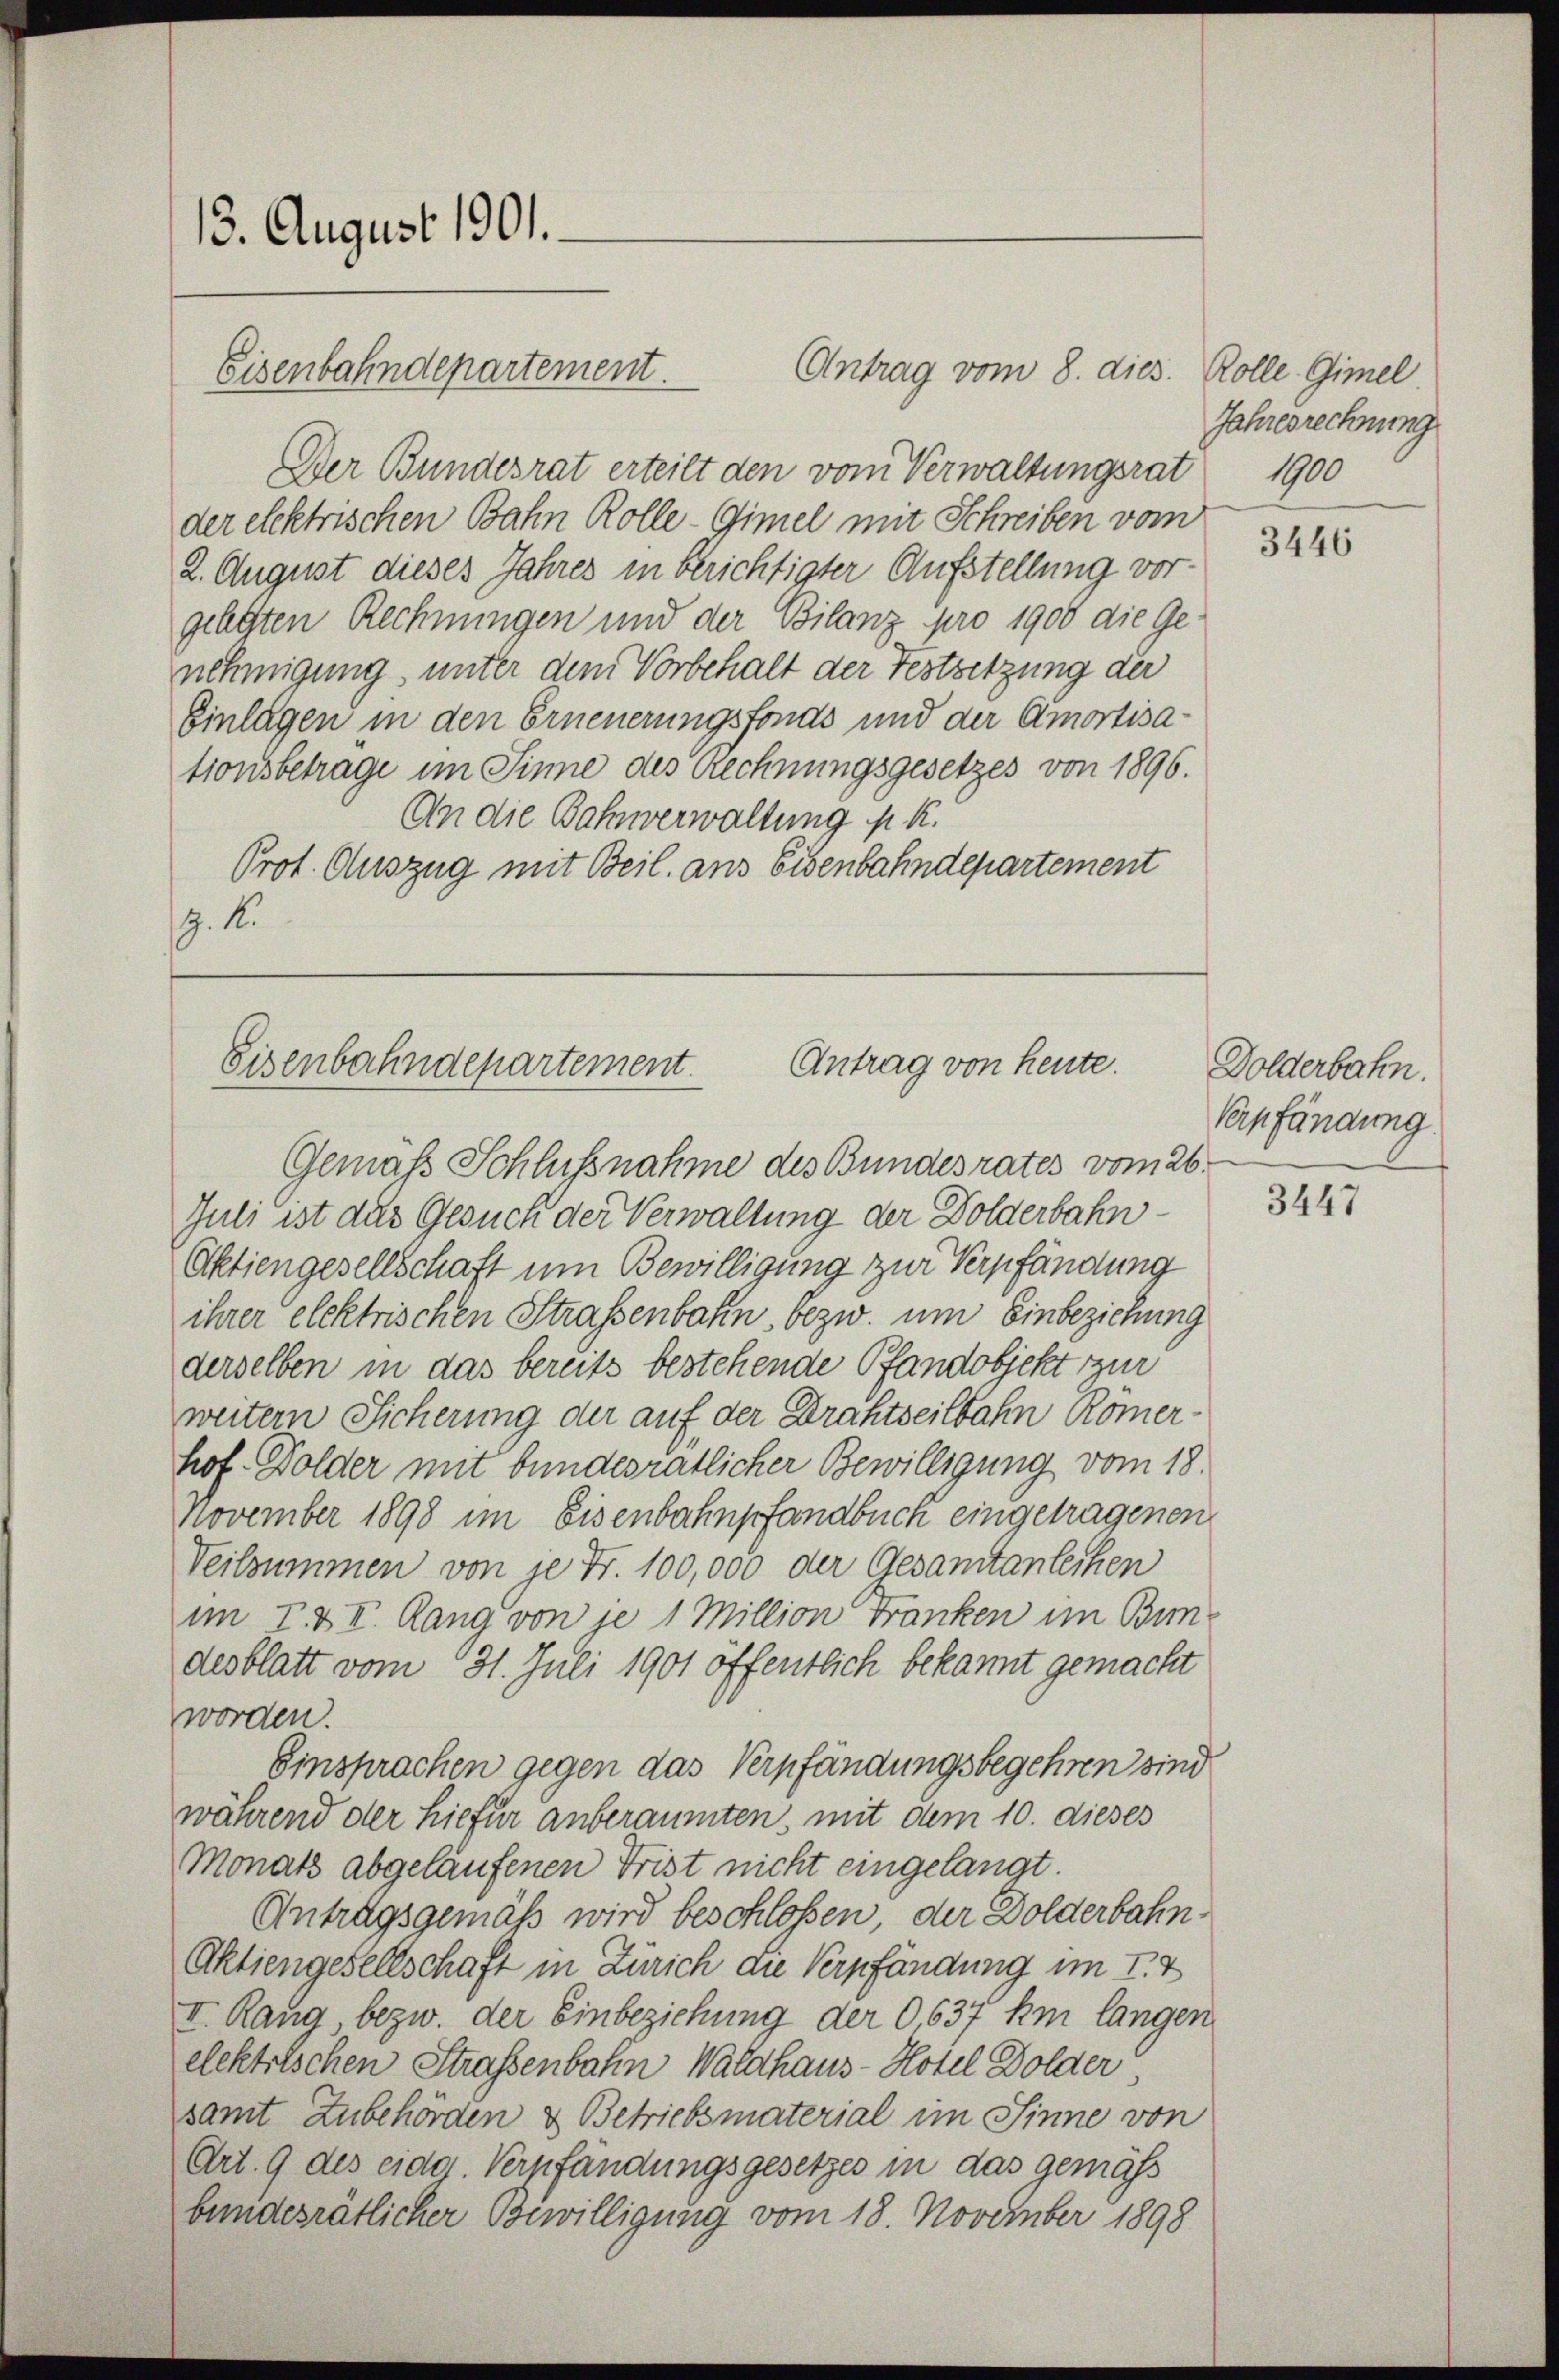
13. August 1901.

Der Bundesrat erteilt den vom Verwaltungsrat 1900
der elektrischen Bahn Rolle-Gimel mit Schreiben vom
2. August dieses Jahres in berichtigter Aufstellung vorgelegten Rechnungen und der Bilanz pro 1900 die Ge-
nehmigung, unter dem Vorbehalt der Festsetzung der
Einlagen in den Erneuerungsfonds und der Amortisationsbetrage im Sinne des Rechnungsgesetzes von 1896.
An die Bahnverwaltung . K.
Prot. Auszug mit Beil. aus Eisenbahndepartement
9. 1.

Eisenbahndepartement.

Antrag vom 8. dies. Rolle. Gimel

Antrag von heute.
Eisenbahndepartement.

Gemäß Schlussnahme des Bundesrates vom 26.
Juli ist das Gesuch der Verwaltung der Dolderbahn¬
Aktiengesellschaft um Bewilligung zur Verpfändung
ihrer elektrischen Strassenbahn, bezw. um Einbeziehung
derselben in das bereits bestehende Pfandobjekt zur
weitern Sicherung der auf der Drahtseitbahn Römer
hof-Dolder mit bundesrätlicher Bewilligung vom 18.
November 1898 im Eisenbahnpfandbuch eingetragenen
Veilsummen von je Fr. 100,000 der Gesamtanleihen
im I. & II. Rang von je 1 Million Franken im Bundesblatt vom 31. Juli 1901 öffentlich bekannt gemacht
worden.
Einsprachen gegen das Verpfändungsbegehren sind
während der hiefür anberaumten, mit dem 10. dieses
Monats abgelaufenen Frist nicht eingelangt.
Antragsgemäß wird beschlossen, der Dolderbahn¬
Aktiengesellschaft in Zürich die Verpfändung im I. Z
I. Rang bezw. der Einbeziehung der O,637 km langen
elektrischen Straßenbahn Waldhaus- Hotel Dolder.
samt Zubehörden & Betriebsmaterial im Sinne von
Art. 9 des eide Verpfändungsgesetzes in das gemäß
bundesrätlicher Bewilligung vom 18. November 1898

Jahresrechnung

3446

Dolderbahn.
Verpfändung.

3447